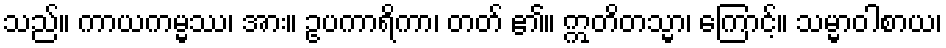
သည်။ ကာယကမ္မဿ၊ အား။ ဥပကာရိကာ၊ တတ် ၏။ ဣတိတသ္မာ၊ ကြောင့်။ သမ္မာဝါစာယ၊